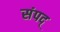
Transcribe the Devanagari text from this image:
संपद्